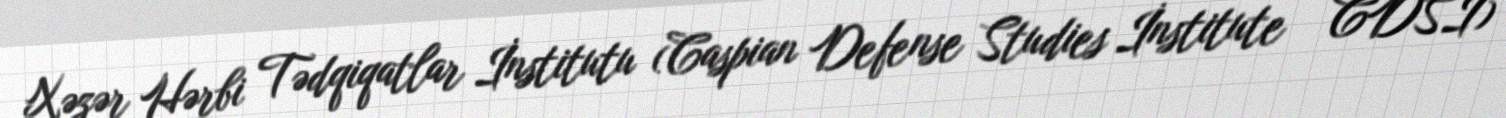
Xəzər Hərbi Tədqiqatlar İnstitutu (Caspian Defense Studies İnstitute – CDSİ)